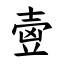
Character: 㚃